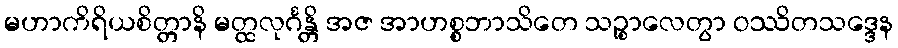
မဟာကိရိယစိတ္တာနိ မတ္ထလုင်္ဂန္တိ အဇ အာဟစ္စဘာသိတေ သဉ္စာလေတွာ ဝဿိတသဒ္ဒေန